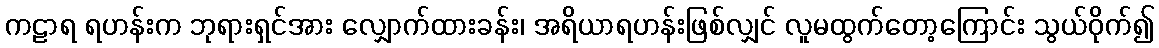
ကဠာရ ရဟန်းက ဘုရားရှင်အား လျှောက်ထားခန်း၊ အရိယာရဟန်းဖြစ်လျှင် လူမထွက်တော့ကြောင်း သွယ်ဝိုက်၍